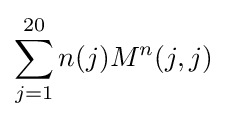
\sum _{j=1}^{20}n(j)M^{n}(j,j)